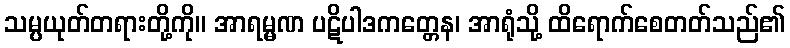
သမ္ပယုတ်တရားတို့ကို။ အာရမ္မဏ ပဋိပါဒကတ္တေန၊ အာရုံသို့ ထိရောက်စေတတ်သည်၏